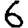
Digit: 6